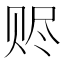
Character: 赆